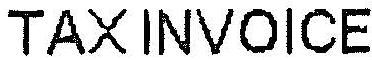
TAXINVOICE